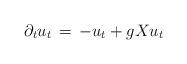
LaTeX: \begin{align*} \partial_t u_t \,=\, -u_t + g Xu_t\end{align*}